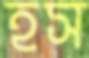
হস